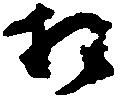
相